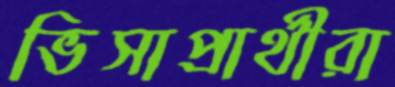
ভিসাপ্রার্থীরা